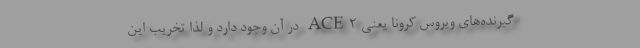
گیرنده‌های ویروس کرونا یعنی ACE۲ در آن وجود دارد و لذا تخریب این